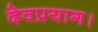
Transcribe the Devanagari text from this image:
देवप्रयाग।